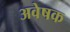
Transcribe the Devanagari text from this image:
अवेषक